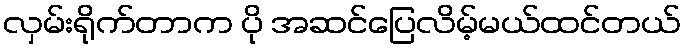
လှမ်းရိုက်တာက ပို အဆင်ပြေလိမ့်မယ်ထင်တယ်